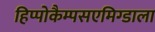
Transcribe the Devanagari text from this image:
हिप्पोकैम्पसएमिग्डाला